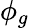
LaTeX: \phi_{g}